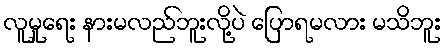
လူမှုရေး နားမလည်ဘူးလို့ပဲ ပြောရမလား မသိဘူး